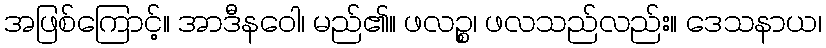
အဖြစ်ကြောင့်။ အာဒီနဝေါ၊ မည်၏။ ဖလဉ္စ၊ ဖလသည်လည်း။ ဒေသနာယ၊